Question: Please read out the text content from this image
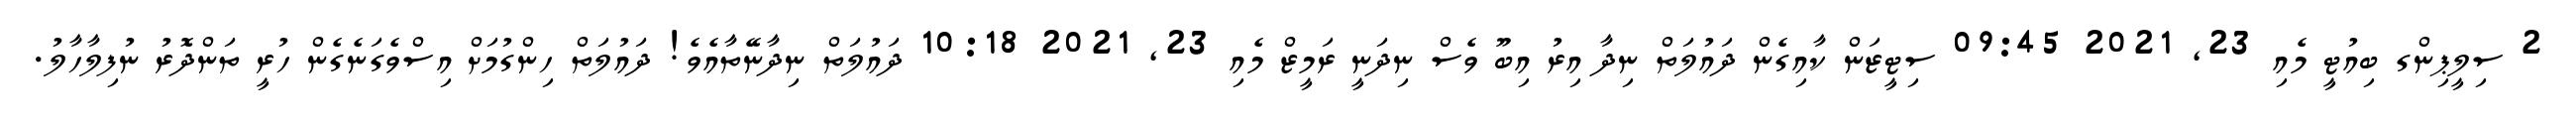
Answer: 2 ސިލީޕިންގ ބިއުޓީ މެއި 23, 2021 09:45 ސިޓީޒަން ކާއިގެން ދައުލަތް ނިދާ އިރު އިބޫ ވެސް ނިދަނީ ރަމީޒް މެއި 23, 2021 10:18 ދައުލަތް ނިދާނޭތާއެވެ! ދައުލަތް ހިންގުމަށް އިސްވެގަނެގެން ހުރީ ތަންދޮރު ނުފިލާހާލު.